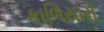
કાળિયારો